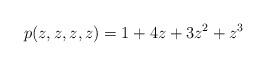
LaTeX: \begin{align*}p(z,z,z,z) = 1 + 4z + 3z^2 + z^3\end{align*}